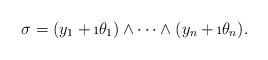
LaTeX: \begin{align*}\sigma=(y_1+\i \theta_1)\wedge\dots\wedge(y_n+\i \theta_n).\end{align*}